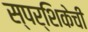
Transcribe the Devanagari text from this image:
स्पर्शिकेची